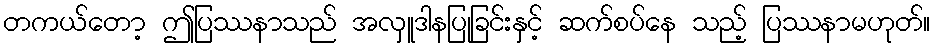
တကယ်တော့ ဤပြဿနာသည် အလှူဒါနပြုခြင်းနှင့် ဆက်စပ်နေ သည့် ပြဿနာမဟုတ်။